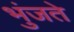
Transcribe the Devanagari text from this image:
भुंजते